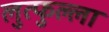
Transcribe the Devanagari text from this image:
लुत्फुल्ला